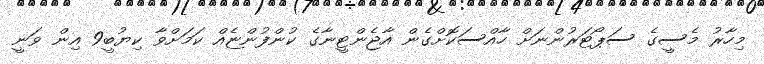
މިހާރު މެސީގެ ސަޕޯޓަރުންނަށް ހާއްސަކޮށްގެން އާޖެންޓީނާގެ ކުންފުންޏެއް ކަމަށްވާ ކިޔުބީ9 އިން ވަނީ